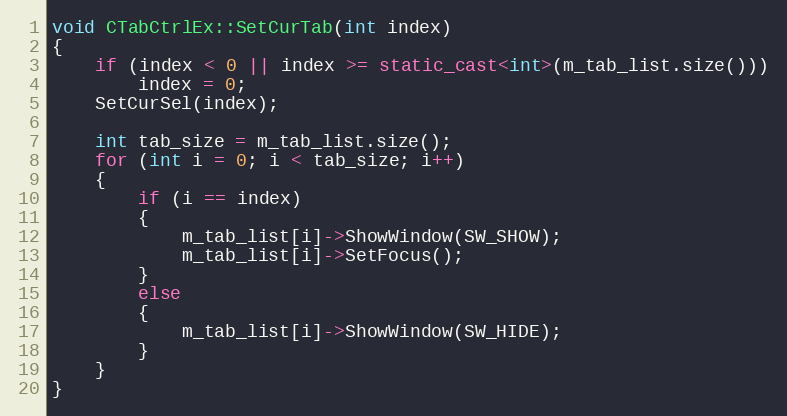
Language: C++
void CTabCtrlEx::SetCurTab(int index)
{
    if (index < 0 || index >= static_cast<int>(m_tab_list.size()))
        index = 0;
	SetCurSel(index);

	int tab_size = m_tab_list.size();
	for (int i = 0; i < tab_size; i++)
	{
		if (i == index)
		{
			m_tab_list[i]->ShowWindow(SW_SHOW);
			m_tab_list[i]->SetFocus();
		}
		else
		{
			m_tab_list[i]->ShowWindow(SW_HIDE);
		}
	}
}